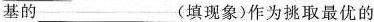
基的___(填现象)作为挑取最优的